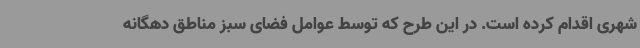
شهری اقدام کرده است. در این طرح که توسط عوامل فضای سبز مناطق دهگانه